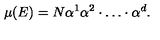
\mu ( E ) = N \alpha ^ { 1 } \alpha ^ { 2 } \cdot \dots \cdot \alpha ^ { d } .